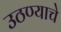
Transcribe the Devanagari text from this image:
उठण्याचे